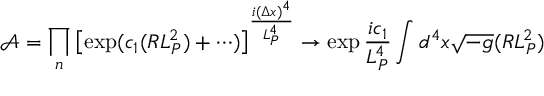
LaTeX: { \mathcal A } = \prod _ { n } \left[ \exp ( c _ { 1 } ( R L _ { P } ^ { 2 } ) + \cdots ) \right] ^ { { \frac { i ( \Delta x ) ^ { 4 } } { L _ { P } ^ { 4 } } } } \to \exp { \frac { i c _ { 1 } } { L _ { P } ^ { 4 } } } \int d ^ { 4 } x \sqrt { - g } ( R L _ { P } ^ { 2 } )